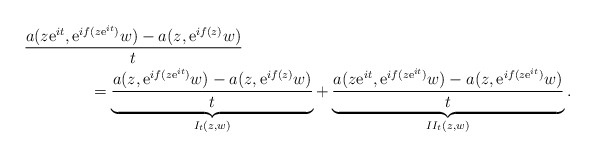
\begin{align*}&\frac{a(z\mathrm{e}^{it},\mathrm{e}^{if(z\mathrm{e}^{it})}w)-a(z,\mathrm{e}^{if(z)}w)}{t}\\&\qquad\qquad=\underbrace{\frac{a(z,\mathrm{e}^{if(z\mathrm{e}^{it})}w)-a(z,\mathrm{e}^{if(z)}w)}{t}}_{I_t(z,w)}+\underbrace{\frac{a(z\mathrm{e}^{it},\mathrm{e}^{if(z\mathrm{e}^{it})}w)-a(z,\mathrm{e}^{if(z\mathrm{e}^{it})}w)}{t}}_{II_t(z,w)}.\end{align*}